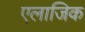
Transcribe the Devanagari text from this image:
एलाजिक